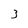
Character: 3